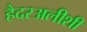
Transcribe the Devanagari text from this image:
हैदरअलीशी